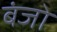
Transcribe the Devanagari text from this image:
बंजो